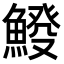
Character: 𩸿